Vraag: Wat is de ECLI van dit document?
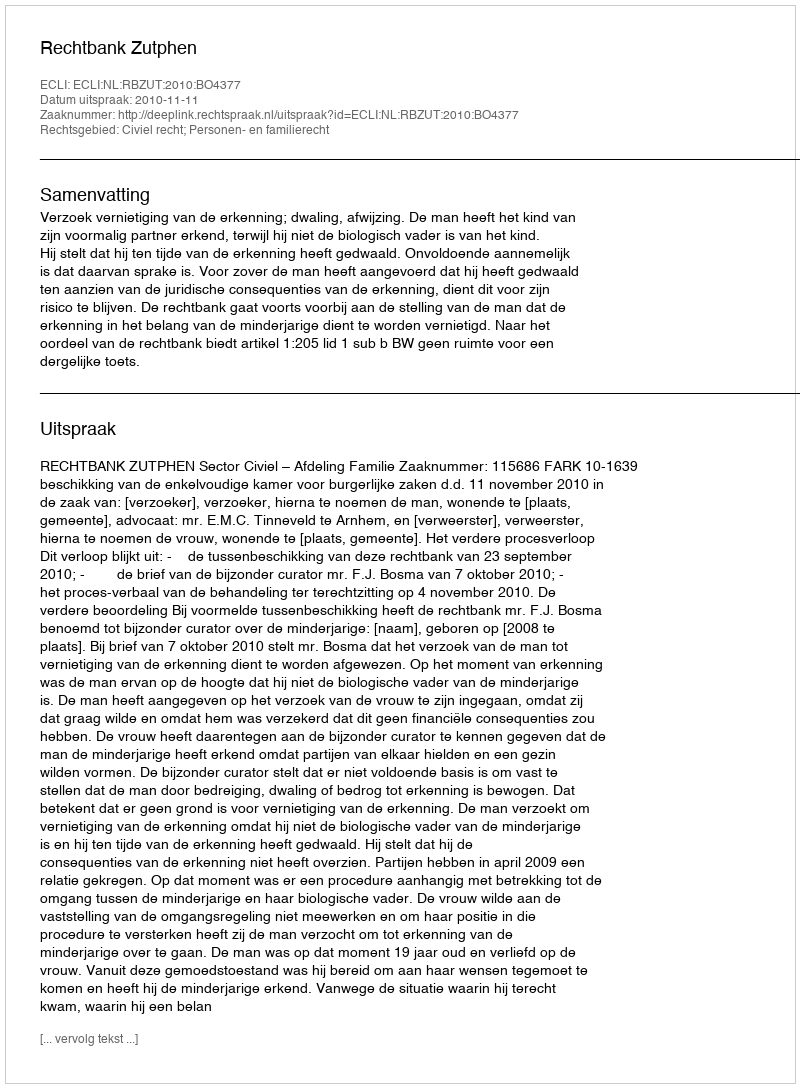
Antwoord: ECLI:NL:RBZUT:2010:BO4377